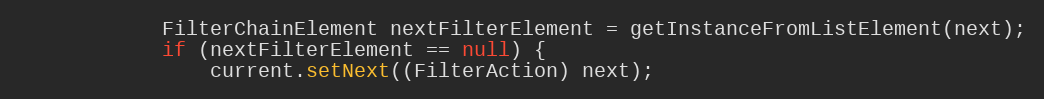
Language: Java
            FilterChainElement nextFilterElement = getInstanceFromListElement(next);
            if (nextFilterElement == null) {
                current.setNext((FilterAction) next);